Lunatic asylums Madras 1877-1891 - 1877-1891
Year: 1877
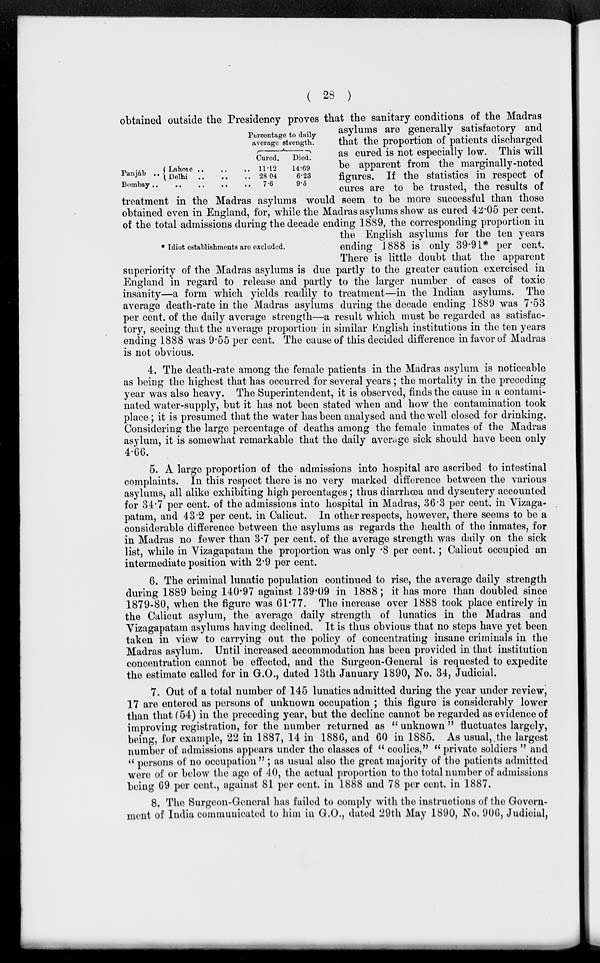
( 28 )
Percentage to daily
average strength.
Panjáb ..
Lahore .. .. ..
Delhi .. .. ..
Bombay .. .. .. .. ..
Cured.
11.12
28.04
7.6
Died.
14.69
6.23
9.5
* Idiot establishments are excluded.
obtained outside the Presidency proves that the sanitary conditions of the Madras
asylums are generally satisfactory and
that the proportion of patients discharged
as cured is not especially low. This will
be apparent from the marginally-noted
figures. If the statistics in respect of
cures are to be trusted, the results of
treatment in the Madras asylums would seem to be more successful than those
obtained even in England, for, while the Madras asylums show as cured 42.05 per cent.
of the total admissions during the decade ending 1889, the corresponding proportion in
the English asylums for the ten years
ending 1888 is only 39.91* per cent.
There is little doubt that the apparent
superiority of the Madras asylums is due partly to the greater caution exercised in
England in regard to release and partly to the larger number of cases of toxic
insanity—a form which yields readily to treatment—in the Indian asylums. The
average death-rate in the Madras asylums during the decade ending 1889 was 7.53
per cent. of the daily average strength—a result which must be regarded as satisfac-
tory, seeing that the average proportion- in similar English institutions in the ten years
ending 1888 was 9.55 per cent. The cause of this decided difference in favor of Madras
is not obvious.
4. The death-rate among the female patients in the Madras asylum is noticeable
as being the highest that has occurred for several years; the mortality in the preceding
year was also heavy. The Superintendent, it is observed, finds the cause in a contami-
nated water-supply, but it has not been stated when and how the contamination took
place; it is presumed that the water has been analysed and the well closed for drinking.
Considering the large percentage of deaths among the female inmates of the Madras
asylum, it is somewhat remarkable that the daily average sick should have been only
4.66.
5. A large proportion of the admissions into hospital are ascribed to intestinal
complaints. In this respect there is no very marked difference between the various
asylums, all alike exhibiting high percentages; thus diarrhœa and dysentery accounted
for 34. per cent. of the admissions into hospital in Madras, 36.3 per cent. in Vizaga-
patam, and 43.2 per cent. in Calicut. In other respects, however, there seems to be a
considerable difference between the asylums as regards the health of the inmates, for
in Madras no fewer than 3.7 per cent. of the average strength was daily on the sick
list, while in Vizagapatam the proportion was only .8 per cent.; Calicut occupied an
intermediate position with 2.9 per cent.
6. The criminal lunatic population continued to rise, the average daily strength
during 1889 being 140.97 against 139.09 in 1888; it has more than doubled since
1879-80, when the figure was 61.77. The increase over 1888 took place entirely in
the Calicut asylum, the average daily strength of lunatics in the Madras and
Vizagapatam asylums having declined. It is thus obvious that no steps have yet been
taken in view to carrying out the policy of concentrating insane criminals in the
Madras asylum. Until increased accommodation has been provided in that institution
concentration cannot be effected, and the Surgeon-General is requested to expedite
the estimate called for in G.O., dated 13th January 1890, No. 34, Judicial.
7. Out of a total number of 145 lunatics admitted during the year under review,
17 are entered as persons of unknown occupation ; this figure is considerably lower
than that (54) in the preceding year, but the decline cannot be regarded as evidence of
improving registration, for the number returned as " unknown " fluctuates largely,
being, for example, 22 in 1887, 14 in 1886, and 60 in 1885. As usual,. the largest
number of admissions appears under the classes of "coolies," "private soldiers " and
" persons of no occupation "; as usual also the great majority of the patients admitted
were of or below the age of 40, the actual proportion to the total number of admissions
being 69 per cent. against 81 per cent. in 1888 and 78 per cent. in 1887.
8. The Surgeon-General has failed to comply with the instructions of the Govern-
ment of India communicated to him in G.O., dated 29th May 1890, No. 906, Judicial,